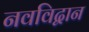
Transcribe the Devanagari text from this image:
नवविद्वान